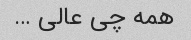
همه چی عالی …